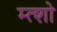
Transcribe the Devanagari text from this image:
म्त्शो